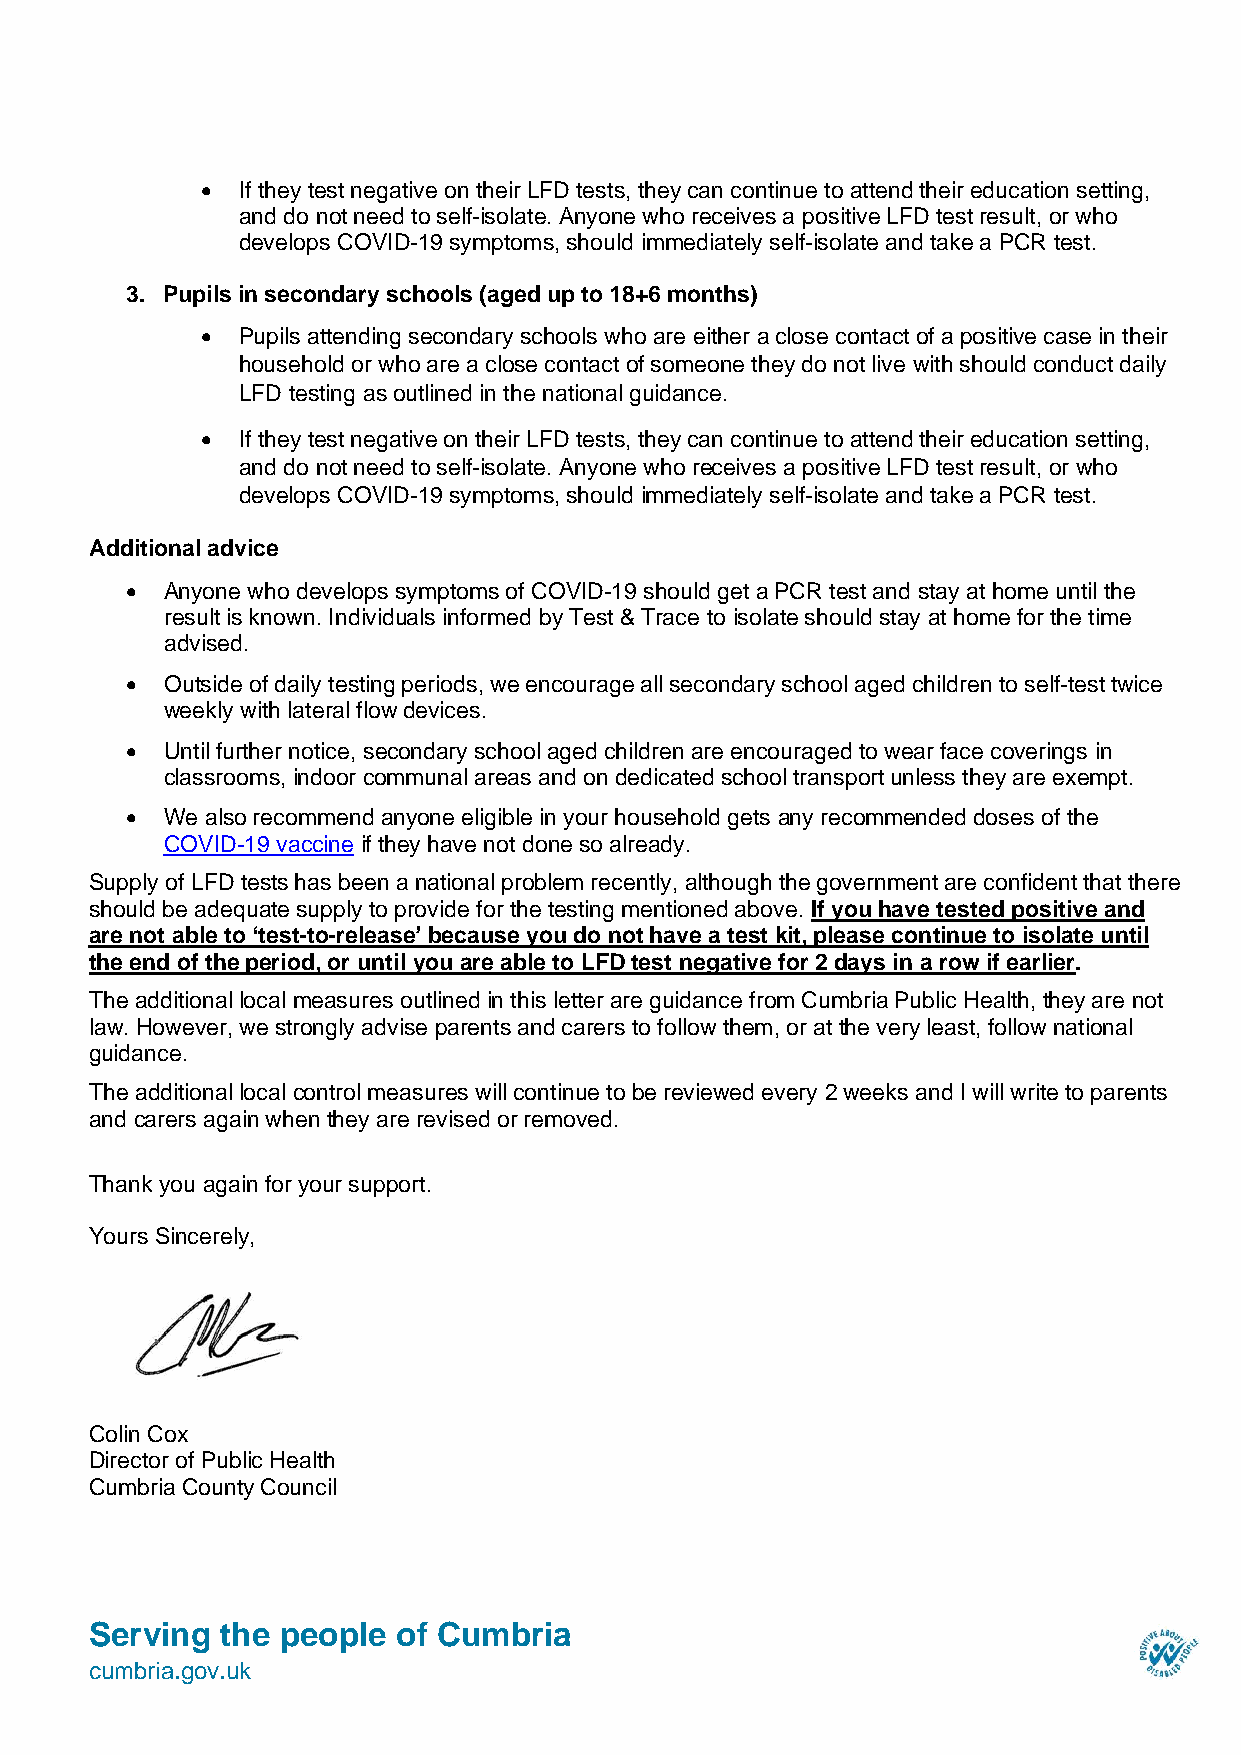
•  If they test negative on their LFD tests, they can continue to attend their education setting,
 and do not need to self-isolate. Anyone who receives a positive LFD test result, or who
 develops COVID-19 symptoms, should immediately self-isolate and take a PCR test.
 3. Pupils in secondary schools (aged up to 18+6 months)
 •  Pupils attending secondary schools who are either a close contact of a positive case in their
 household or who are a close contact of someone they do not live with should conduct daily
 LFD testing as outlined in the national guidance.
 •  If they test negative on their LFD tests, they can continue to attend their education setting,
 and do not need to self-isolate. Anyone who receives a positive LFD test result, or who
 develops COVID-19 symptoms, should immediately self-isolate and take a PCR test.
 Additional advice
 •  Anyone who develops symptoms of COVID-19 should get a PCR test and stay at home until the
 result is known. Individuals informed by Test & Trace to isolate should stay at home for the time
 advised.
 •  Outside of daily testing periods, we encourage all secondary school aged children to self-test twice
 weekly with lateral flow devices.
 •  Until further notice, secondary school aged children are encouraged to wear face coverings in
 classrooms, indoor communal areas and on dedicated school transport unless they are exempt.
 •  We also recommend anyone eligible in your household gets any recommended doses of the
 COVID-19 vaccine if they have not done so already.
 Supply of LFD tests has been a national problem recently, although the government are confident that there
 should be adequate supply to provide for the testing mentioned above. If you have tested positive and
 are not able to ‘test-to-release’ because you do not have a test kit, please continue to isolate until
 the end of the period, or until you are able to LFD test negative for 2 days in a row if earlier.
 The additional local measures outlined in this letter are guidance from Cumbria Public Health, they are not
 law. However, we strongly advise parents and carers to follow them, or at the very least, follow national
 guidance.
 The additional local control measures will continue to be reviewed every 2 weeks and I will write to parents
 and carers again when they are revised or removed.
 Thank you again for your support.
 Yours Sincerely,
 Colin Cox
 Director of Public Health
 Cumbria County Council
 Serving  the people of Cumbria
 cumbria.gov.uk